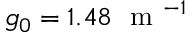
g _ { 0 } = 1 . 4 8 ~ \mathrm { ~ m ~ } ^ { - 1 }